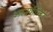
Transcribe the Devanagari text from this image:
आश्चर्यान्वित